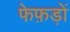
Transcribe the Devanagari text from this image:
फेफ़ड़ों